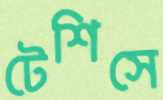
টেশিসে